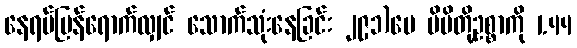
နေရပ်ပြန်ရောက်လျှင် သောက်သုံးနေခြင်း ၂၉၁)ပေ မိမိတို့ဥစ္စာကို 1.44